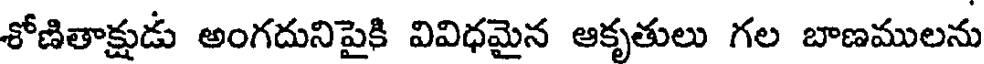
శోణితాక్షుడు అంగదునిపైకి వివిధమైన ఆకృతులు గల బాణములను